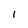
Character: 1